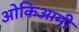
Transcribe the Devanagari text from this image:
ओकिआमी